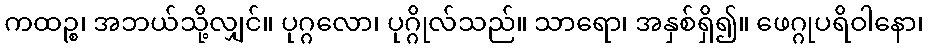
ကထဉ္စ၊ အဘယ်သို့လျှင်။ ပုဂ္ဂလော၊ ပုဂ္ဂိုလ်သည်။ သာရော၊ အနှစ်ရှိ၍။ ဖေဂ္ဂုပရိဝါနော၊